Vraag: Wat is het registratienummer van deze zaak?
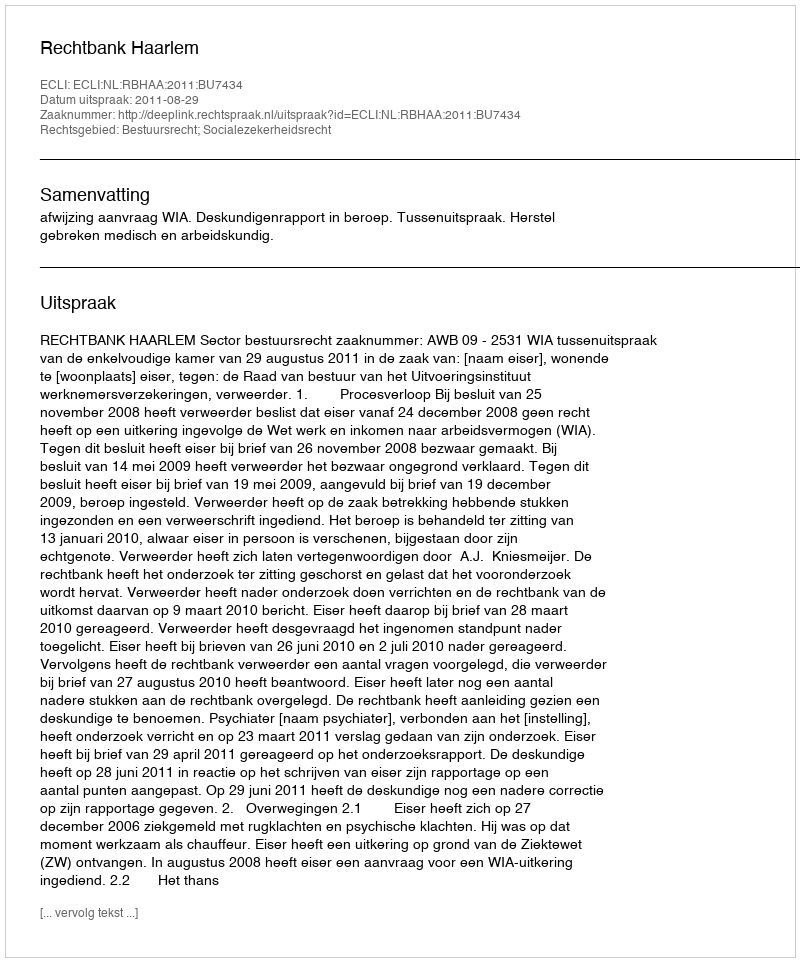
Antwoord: http://deeplink.rechtspraak.nl/uitspraak?id=ECLI:NL:RBHAA:2011:BU7434